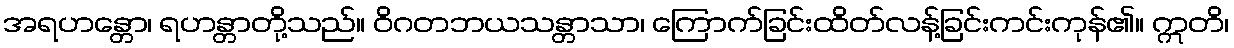
အရဟန္တော၊ ရဟန္တာတို့သည်။ ဝိဂတဘယသန္တာသာ၊ ကြောက်ခြင်းထိတ်လန့်ခြင်းကင်းကုန်၏။ ဣတိ၊